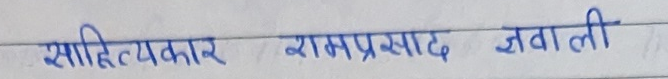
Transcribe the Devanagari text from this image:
साहित्यकार रामप्रसाद जवाली